Vaccination in Bombay 1869-1873 - 1869-1873
Year: 1869
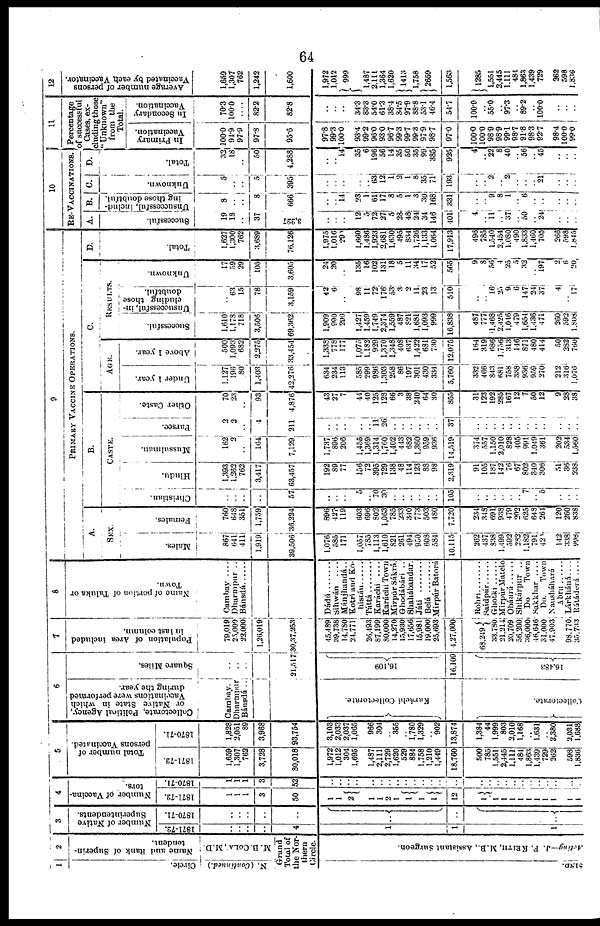
64
1
Circle.
N. (Continued.)
2
Name and Rank of Superin-
tendent.
M.B.COLA, M.D.
Grand
Total of
the Nor¬
thern
Circle.
SIND.
Acting—J. F. KEITH, M.B., Assistant Surgeon.
3
Number of Native
Superintendents.
1871-72.
..
..
..
..
4
1
1
1
1870-71.
..
..
..
..
..
..
..
..
4
Number of Vaccina-
tors.
1871-72.
1
1
1
3
50
1
1
2
1
1
2
1
1
1
1
12
1
1
1
1
1
1
1
1
1
1
1
1870-71.
1
1
1
3
52
..
..
..
..
..
..
..
..
..
..
..
..
..
..
..
..
..
..
..
..
..
.. ..
..
..
..
5
Total number of
persons Vaccinated.
1871-72.
1,659
1,307
762
3,728
80,018
1,972
1,012
304
1,695
1,487
2,111
2,729
1,620
529
884
1,758
1,210
1,449
18,760
500
785
1,551
2,445
1,111
484
1,863
1,439
729
262
598
1,836
1870-71.
1,828
2,051
89
3,968
93,754
3,103
2,033
2,037
1,065
966
304
.. 355
.. 1,780
1,329
.. 902
13,874
1,384
44
1,999
803
2,010
1,168
..
1,631
.. 2,380
2,031
1,688
6
Collectorate, Political Agency,
or Native State in which
Vaccinations were performed
during the year.
Cambay.
Dharmpur
Bánsdá ..
Karáchí Collectorate.
Collectorate.
Square Miles.
..
..
..
21,517
16,109
16,109
16,483
7
Population of Area included
in last column.
79,019
25,000
22,000
1,20,019
30,37,253
15,489
39,738
14,780
24,771
26,193
87,199
80,000
14,270
15,930
17,656
15,981
19,000
25,693
4,27,000
68,249
33,780
21,214
20,709
56,200
36,000
46,646
31,000
47,903
98,770
35,733
8
Name of portion of Taluka or
Town.
Cambay ....
Dharmpur ..
Bánsdá ......
Dádú
Sihwán
....
Mánjhandá..
Kotri and Ko¬
histán ......
Táttá
........
Karachi
....
Karáchi Town
Mirpúr Sákrá.
Ghodábári ..
Shahábaudar.
Játi
........
Belá
........
Mirpúr Batorá
Rohri
........
Saidpúr
......
Ghotki
......
Mirpúr Matelo
Obáurá
......
Shikárpur ..
Do
Town
Sakkhar ....
Do.
Town
Nausháhará
Abru ......
Lárkháná ....
Rátáderá ....
9
PRIMARY VACCINE OPERATIONS.
A.
SEX.
Males.
867
641
411
1,919
39,506
1,076
585
171
1,057
785
1,113
1,610
821
261
494
950
608
584
10,115
262
437
838
1,499
592
282
1,182
791 420
142
338
998
Females.
760
648
351
1,759
36,224
896
427
119
603
696
802
1,063
785
233
340
773
503
480
7,720
234
348
691
938
479
202
625
648 264
120
260
838
B.
CASTE.
Christian.
..
..
..
..
57
..
..
..
5
.. 70
30
..
..
..
..
..
..
105
..
..
..
..
..
.. 7
.. 5
..
..
..
Hindu.
1,393
1,262
762
3,417
63,457
192
89
77
156
72
395
729
138
48
114
123
88
98
2,319
91
105
187
142
76
67
802
340 306
51
36
238
Mussulman.
162
2
..
164
7,129
1,737
896
206
1,455
1,369
1,314
1,760
1,402
443
682
1,360
959
936
14,519
374
557
1,150
2,010
828
405
991
1,049
361
202
534
1,560
Parsee.
2
2
..
4
211
..
..
.. ..
.. 11
26
..
..
..
..
..
..
37
..
..
..
.. ..
..
..
.. ..
..
..
..
Other Caste.
70
23
..
93
4,876
43
27
7
44
40
125
128
66
3
38
240
64
30
855
31
123
192
285
167
12
7
50
12
9
28
38
C.
AGE.
Under 1 year.
1,127
196
80
1,403
42,276
634
234
113
585
299
986
1,303
258
86
197
301
430
334
5,760
332
466
843
681
758
338
936
959
270
212
316
1,076
Above 1 year.
500
1,093
682
2,275
33,454
1,338
778
177
1,075
1,182
929
1,370
1,348
408
637
1,422
681
730
12,075
164
319
686
1,756
313
146
871
480
414
50
282
760
RESULTS.
Successful.
1,610
1,178
718
3,506
69,362
1,909
990
296
1,427
1,459
1,749
2,374
1,559
487
821
1,681
1,093
999
16,838
487
777
1,468
2,425
1,046
479
1,654
1,436
471
260
592
1,808
Unsuccessful, in-
cluding those
doubtful.
..
63
15
78
3,159
42
6
..
98
11
72
176
53
3
2
11
23
13
510
..
.. 16
25
9
6
147
24
37
4
.. 17
Unknown.
17
59
29
105
3,605
24
20
..
135
16
102
131
18
5
11
34
17
52
565
9
8
56
4
25
5
32
.. 197
2
6
20
D.
Total.
1,627
1,300
762
3,689
76,126
1,975
1,016
290
1,660
1,486
1,923
2,681
1,630
495
834
1,726
1,133
1,064
17,913
496
785
1,540
2,454
1,080
490
1,833
1,460
705
266
598
1,845
10
RE-VACCINATIONS.
A.
Successful.
19
18
..
37
3,227
..
..
..
12
5
72
27
5
28
48
24
34
146
401
4
.. 11
.. 37
.. 50
.. 24
..
..
..
B.
Unsuccessful, includ¬
ing those doubtful.
8
..
..
8
666
..
.. 14
23
1
61
17
8
5
1
3
30
168
331
..
.. 9
8
1
.. 6
.. ..
..
..
..
C.
Unknown.
5
.. ..
5
395
..
..
..
..
..
63
12
1
2
1
8
35
71
193
..
..
2
.. 2
..
..
.. 21
..
..
..
D.
Total.
32
18
..
50
4,288
..
.. 14
35
6
196
56
14
35
50
35
99
385
935
4
.. 22
8
40
.. 56
.. 45
..
..
..
11
Percentage
of successful
Cases, ex-
cluding those
" Unknown"
from the
Total.
In Primary
Vaccination.
100.0
94.9
97.9
97.8
95.6
97.8
99.3
100.0
93.4
99.2
96.0
93.0
96.7
99.3
99.7
99.3
97.9
98.7
970
100.0
100.0
98.9
98.9
99.1
98.7
91.8
98.3
92.7
98.4
100.0
99.0
In Secondary
Vaccination.
70.3
100.0
....
82.2
82.8
..
..
..
34.3
83.3
54.0
61.3
38.4
84.5
97.9
88.8
53.1
46.4
54.7
100.0
.. 55.0
.. 97.3
.. 89.2
.. 100.0
..
..
..
12
Average number of persons
Vaccinated
by each Vaccina
1,659
1,307
762
1,242
1,600
1,972
1,012
999
1,487
2,111
1,364
1,620
1413
1,758
2659
1,563
1285
1,551
2,445
1,111
484
1,863
1,439
729
362
598
1,836